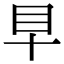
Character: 𥃪